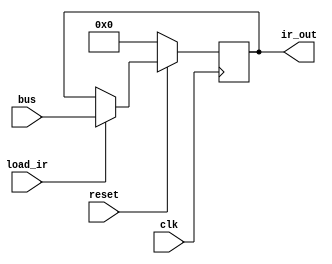
module irl(clk, reset, load_ir, bus, ir_out);
    input wire clk, reset, load_ir;
    input wire[15:0] bus;

    output reg[15:0] ir_out;

    always @(posedge clk) begin
        if(reset)
            if(load_ir)
                ir_out <= bus;
            else
                ir_out <= ir_out;
        else
            ir_out <= 0;
    end
endmodule